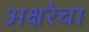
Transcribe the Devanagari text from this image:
अक्षरेचा